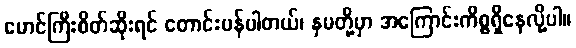
မောင်ကြီးစိတ်ဆိုးရင် တောင်းပန်ပါတယ်၊ နှမတို့မှာ အကြောင်းကိစ္စရှိနေလို့ပါ။